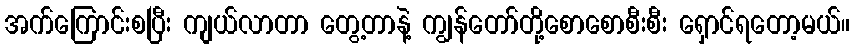
အက်ကြောင်းစပြီး ကျယ်လာတာ တွေ့တာနဲ့ ကျွန်တော်တို့စောစောစီးစီး ရှောင်ရတော့မယ်။